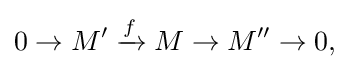
0\to M'\xrightarrow {f} M\to M''\to 0,\